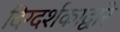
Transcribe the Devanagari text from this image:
दिग्दर्शकाद्वारे